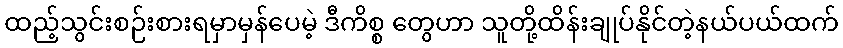
ထည့်သွင်းစဉ်းစားရမှာမှန်ပေမဲ့ ဒီကိစ္စ တွေဟာ သူတို့ထိန်းချုပ်နိုင်တဲ့နယ်ပယ်ထက်